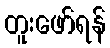
တူးဖော်ရန်